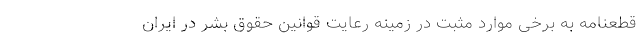
قطعنامه به برخی موارد مثبت در زمینه رعایت قوانین حقوق بشر در ایران